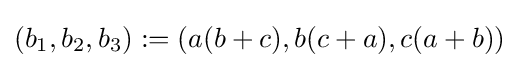
\left(b_{1},b_{2},b_{3}\right):=(a(b+c),b(c+a),c(a+b))